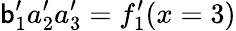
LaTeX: \mathsf{b}_{1}^{\prime}a_{2}^{\prime}a_{3}^{\prime}=f_{1}^{\prime}(x=3)